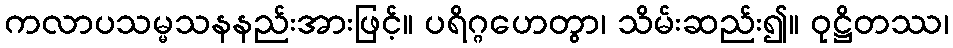
ကလာပသမ္မသနနည်းအားဖြင့်။ ပရိဂ္ဂဟေတွာ၊ သိမ်းဆည်း၍။ ဝုဋ္ဌိတဿ၊